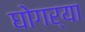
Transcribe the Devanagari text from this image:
घोगर्‍या